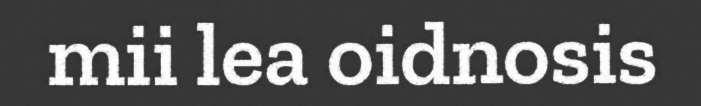
mii lea oidnosis